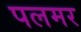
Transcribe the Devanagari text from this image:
पलमर